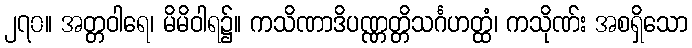
၂၇၀။ အတ္တဝါရေ၊ မိမိဝါရ၌။ ကသိဏာဒိပဏ္ဏတ္တိသင်္ဂဟတ္ထံ၊ ကသိုဏ်း အစရှိသော